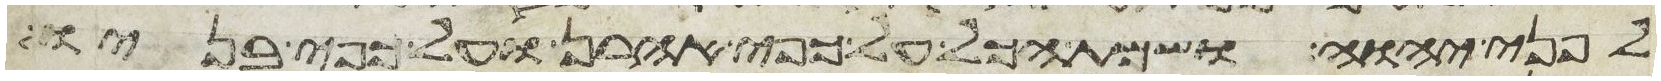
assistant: לפני יהוה ושמת הכל על כפי אהרן ועל כפי בניו